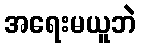
အရေးမယူဘဲ